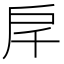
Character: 𢨮